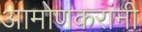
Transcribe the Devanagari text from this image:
आमोणकरांनी